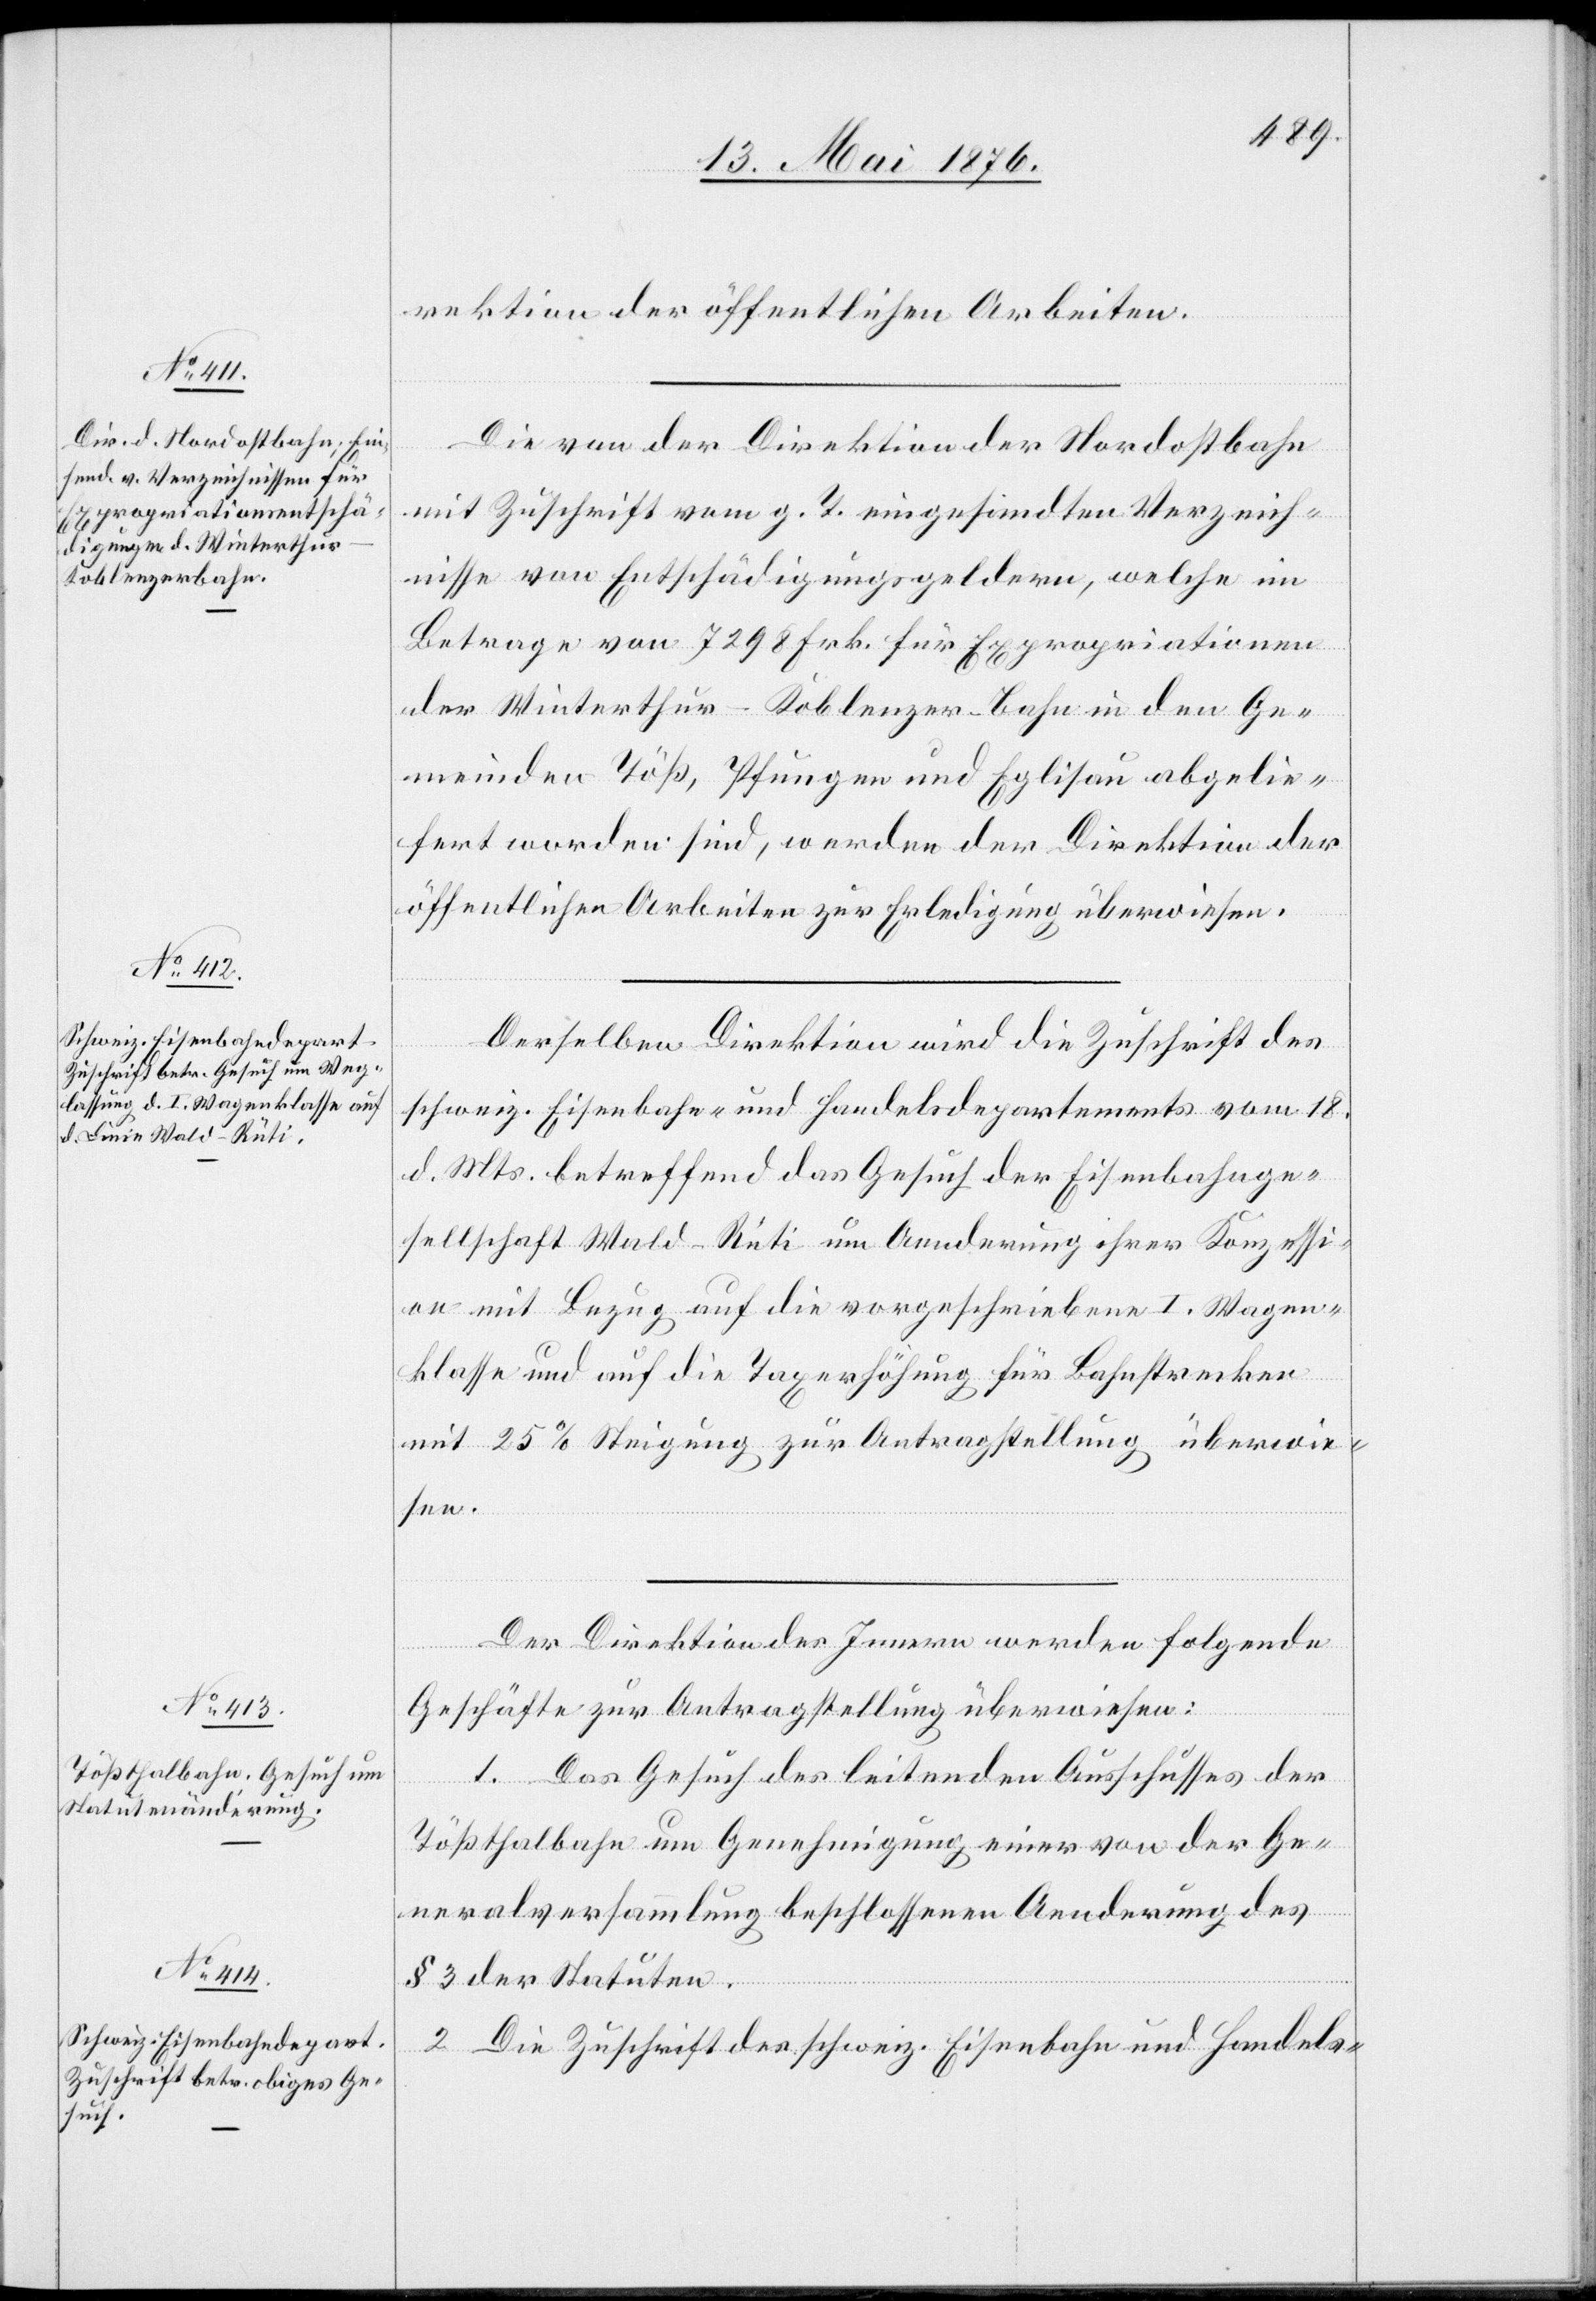
18. Mai 1876.]
rektion der öffentlichen Arbeiten.
Die von der Direktion der Nordostbahn
mit Zuschrift vom g. T. eingesandten Verzeich¬
nisse von Entschädigungsgeldern, welche im
Betrage von 7298 Frk. für Expropriationen
der Winterthur–Koblenzer-Bahn in den Ge¬
meinden Töß, Pfungen und Eglisau abgelie¬
fert worden sind, werden der Direktion der
öffentlichen Arbeiten zur Erledigung überwiesen.
Derselben Direktion wird die Zuschrift des
schweiz. Eisenbahn- und Handelsdepartements vom 18.
d. Mts. betreffend das Gesuch der Eisenbahnge¬
sellschaft Wald–Rüti um Aenderung ihrer Konzessi¬
on mit Bezug auf die vorgeschriebene I. Wagon¬
klasse und auf die Taxerhöhung für die Bahnstrecken
mit 25 % Steigung zur Antragstellung überwie¬
sen.
Der Direktion des Innern werden folgende
Geschäfte zur Antragstellung überwiesen:
1. Das Gesuch des leitenden Ausschusses der
Tößthalbahn um Genehmigung einer von der Ge¬
neralversammlung beschlossenen Aenderung des
§ 3 der Statuten.
Die Zuschrift des schweiz. Eisenbahn- und Handels-